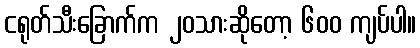
ငရုတ်သီးခြောက်က ၂၀သားဆိုတော့ ၆၀၀ ကျပ်ပါ။